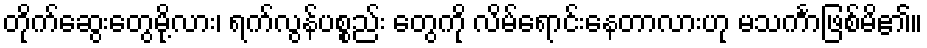
တိုက်ဆွေးတွေမို့လား၊ ရက်လွန်ပစ္စည်း တွေကို လိမ်ရောင်းနေတာလားဟု မသင်္ကာဖြစ်မိ၏။